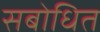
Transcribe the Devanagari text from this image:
सबोधित